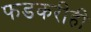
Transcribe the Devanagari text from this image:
फडकरीही